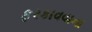
ફરકાવવાના